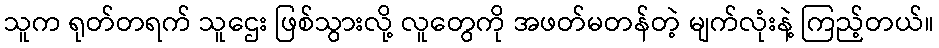
သူက ရုတ်တရက် သူဌေး ဖြစ်သွားလို့ လူတွေကို အဖတ်မတန်တဲ့ မျက်လုံးနဲ့ ကြည့်တယ်။